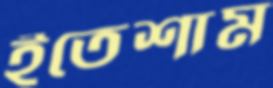
ইতেশাম